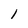
Character: 1